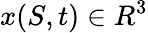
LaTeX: x(S,t)\in{R}^{3}